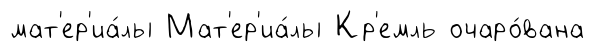
мат'ер'иа́лы Мат'ер'иа́лы Кр'емль очаро́вана